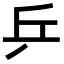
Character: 乒